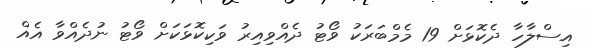
އިސްލާހާ ދެކޮޅަށް 19 މެމްބަރަކު ވޯޓު ދެއްވިއިރު ވަކިކޮޅަކަށް ވޯޓު ނުދެއްވާ އެއް